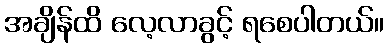
အချိန်ထိ လေ့လာခွင့် ရစေပါတယ်။